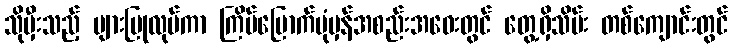
သိုမှီးသည့် များပြုလုပ်ကာ ကြိမ်မြောက်ပုံမှန်အစည်းအဝေးတွင် တွေ့ရှိသိမ်း တစ်ကျောင်းတွင်